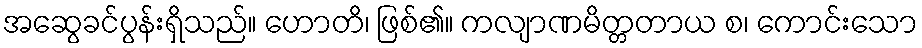
အဆွေခင်ပွန်းရှိသည်။ ဟောတိ၊ ဖြစ်၏။ ကလျာဏမိတ္တတာယ စ၊ ကောင်းသော